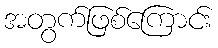
အတွက်ဖြစ်ကြောင်း